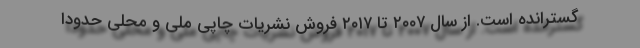
گسترانده است. از سال ۲۰۰۷ تا ۲۰۱۷ فروش نشریات چاپی ملی و محلی حدوداً